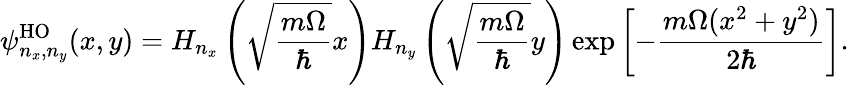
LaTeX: \psi_{n_{x},n_{y}}^{\mathrm{HO}}(x,y)=H_{n_{x}}\left(\sqrt{\frac{m\Omega}{\hbar}}x\right)H_{n_{y}}\left(\sqrt{\frac{m\Omega}{\hbar}}y\right)\exp\left[-\frac{m\Omega(x^{2}+y^{2})}{2\hbar}\right].